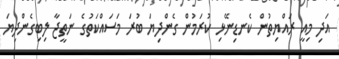
އަދި މިއީ ރައްޔިތުން ކެނޑިނޭޅި ކުރަމުން ގެންދިޔަ ބުރަ މަސައްކަތުގެ ނަތީޖާ ލިބިގެންދިޔަ